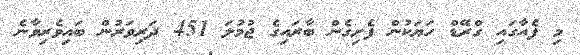
މި ފެއާގައި ގްރޭޑް ހަޔަކުން ފެށިގެން ބާރައިގެ ޖުމުލަ 451 ދަރިވަރުން ބައިވެރިވާނެ